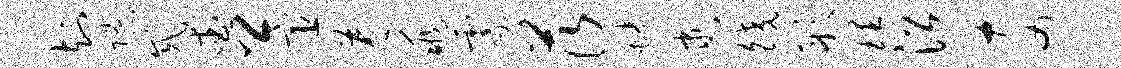
知隙戚爱卿宦为兆霎茨蜷逮皎彤理沿奈